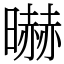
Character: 㬨